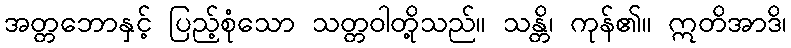
အတ္တဘောနှင့် ပြည့်စုံသော သတ္တဝါတို့သည်။ သန္တိ၊ ကုန်၏။ ဣတိအာဒိ၊